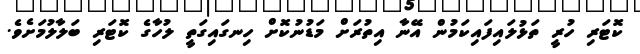
ކޮޓަރި ހުރީ ތަޅުލައިފައިކަމުން އޭނާ އިތުރަށް މަޑުނުކޮށް ހިނގައިގަތީ ލުހާގެ ކޮޓަރި ބަލާލުމަށެވެ.